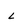
Character: L